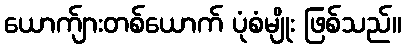
ယောက်ျားတစ်ယောက် ပုံစံမျိုး ဖြစ်သည်။